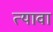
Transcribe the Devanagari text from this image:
त्यावा